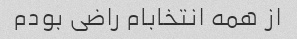
از همه انتخابام راضی بودم